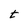
Character: t